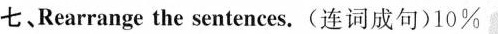
七、Rearrange the sentences.(连词成句)10%